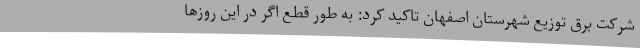
شرکت برق توزیع شهرستان اصفهان تاکید کرد: به طور قطع اگر در این روزها